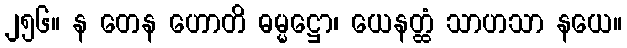
၂၅၆။ န တေန ဟောတိ ဓမ္မဋ္ဌော၊ ယေနတ္ထံ သာဟသာ နယေ။